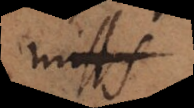
miss